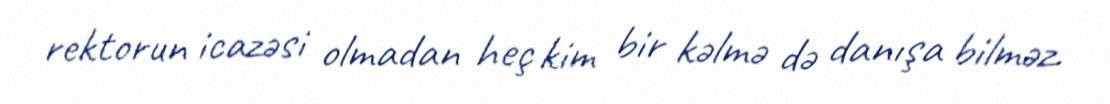
rektorun icazəsi olmadan heç kim bir kəlmə də danışa bilməz.